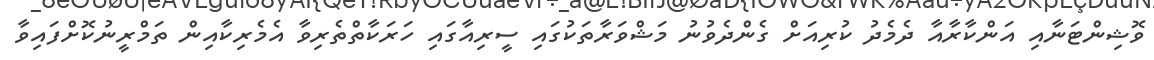
ވޮޝިންޓަނާއި އަންކާރާއާ ދެމެދު ކުރިއަށް ގެންދެވުނު މަޝްވަރާތަކުގައި ސީރިއާގައި ހަރަކާތްތެރިވާ އެމެރިކާއިން ތަމްރީނުކޮށްފައިވާ